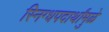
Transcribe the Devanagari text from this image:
स्निग्धपदार्थांमुळे